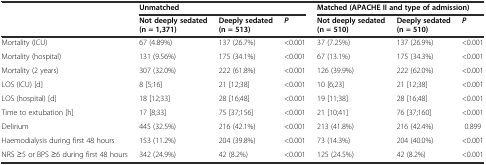
<table><thead><tr><td></td><td colspan="3"><b>Unmatched</b></td><td colspan="3"><b>Matched (APACHE II and type of admission)</b></td></tr><tr><td></td><td><b>Not deeply sedated (n = 1,371)</b></td><td><b>Deeply sedated (n = 513)</b></td><td><b><i>P</i></b></td><td><b>Not deeply sedated (n = 510)</b></td><td><b>Deeply sedated (n = 510)</b></td><td><b><i>P</i></b></td></tr></thead><tbody><tr><td>Mortality (ICU)</td><td>67 (4.89%)</td><td>137 (26.7%)</td><td>&lt;0.001</td><td>37 (7.25%)</td><td>137 (26.9%)</td><td>&lt;0.001</td></tr><tr><td>Mortality (hospital)</td><td>131 (9.56%)</td><td>175 (34.1%)</td><td>&lt;0.001</td><td>67 (13.1%)</td><td>175 (34.3%)</td><td>&lt;0.001</td></tr><tr><td>Mortality (2 years)</td><td>307 (32.0%)</td><td>222 (61.8%)</td><td>&lt;0.001</td><td>126 (39.9%)</td><td>222 (62.0%)</td><td>&lt;0.001</td></tr><tr><td>LOS (ICU) [d]</td><td>8 [5;16]</td><td>21 [12;38]</td><td>&lt;0.001</td><td>10 [6;23]</td><td>21 [12;38]</td><td>&lt;0.001</td></tr><tr><td>LOS (hospital) [d]</td><td>18 [12;33]</td><td>28 [16;48]</td><td>&lt;0.001</td><td>19 [11;38]</td><td>28 [16;48]</td><td>&lt;0.001</td></tr><tr><td>Time to extubation [h]</td><td>17 [8;33]</td><td>75 [37;156]</td><td>&lt;0.001</td><td>21 [10;41]</td><td>76 [37;160]</td><td>&lt;0.001</td></tr><tr><td>Delirium</td><td>445 (32.5%)</td><td>216 (42.1%)</td><td>&lt;0.001</td><td>213 (41.8%)</td><td>216 (42.4%)</td><td>0.899</td></tr><tr><td>Haemodialysis during first 48 hours</td><td>153 (11.2%)</td><td>204 (39.8%)</td><td>&lt;0.001</td><td>73 (14.3%)</td><td>204 (40.0%)</td><td>&lt;0.001</td></tr><tr><td>NRS ≥5 or BPS ≥6 during first 48 hours</td><td>342 (24.9%)</td><td>42 (8.2%)</td><td>&lt;0.001</td><td>125 (24.5%)</td><td>42 (8.2%)</td><td>&lt;0.001</td></tr></tbody></table>